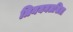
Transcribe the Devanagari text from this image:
त्रिनयनलसिता